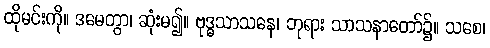
ထိုမင်းကို။ ဒမေတွာ၊ ဆုံးမ၍။ ဗုဒ္ဓသာသနေ၊ ဘုရား သာသနာတော်၌။ သစေ၊